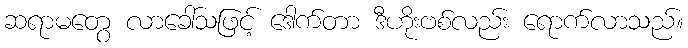
ဆရာမတွေ လာခေါ်သဖြင့် ဒေါက်တာ ဒီဟိုးဗစ်လည်း ရောက်လာသည်။